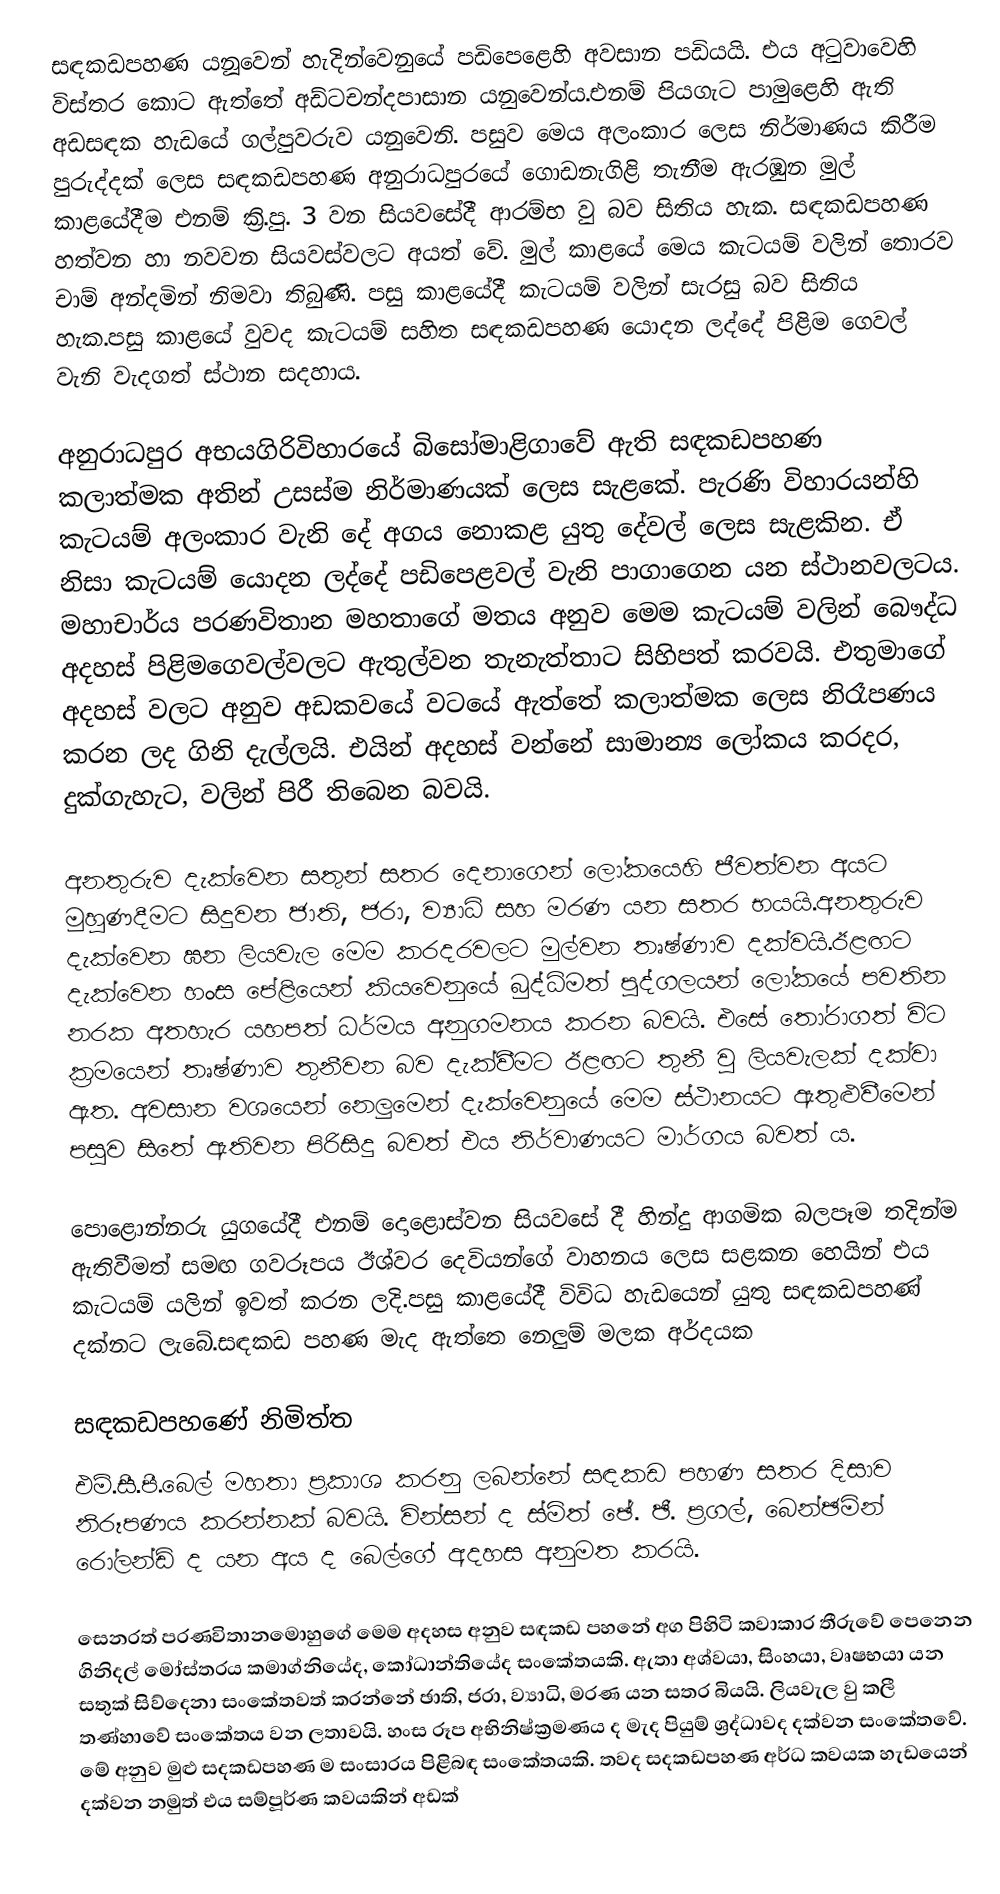
සඳකඩපහණ යනූ‍වෙන් හැදින්වෙනුයේ පඩිපෙළෙහි අවසාන පඩියයි. එය අටුවාවෙහි විස්තර කොට ඇත්තේ අඩ්ටචන්දපාසාන යනුවෙන්ය.එනම් පියගැට පාමුළෙහි ඇති අඩසඳක හැඩයේ ගල්පුවරුව යනුවෙනි. පසුව මෙය අලංකාර ලෙස නිර්මාණය කිරීම පුරුද්දක් ලෙස සඳකඩපහණ අනුරාධපුරයේ ගොඩනැගිළි තැනීම ඇරඹුන මුල් කාළයේදීම එනම් ක්‍රි.පු. 3 වන සියවසේදී ආරම්භ වු බව සිතිය හැක. සඳකඩපහණ හත්වන හා නවවන සියවස්වලට අයත් වේ. මුල් කාළයේ මෙය කැටයම් වලින් තොරව චාම් අන්දමින් නිමවා තිබුණි. පසු කාළයේදී කැටයම් වලින් සැරසු බව සිතිය හැක.පසු කාළයේ වුවද කැටයම් සහිත සඳකඩපහණ යොදන ලද්දේ පිළිම ගෙවල් වැනි වැදගත් ස්ථාන සදහාය.

අනුරාධපුර අභයගිරිවිහාරයේ බිසෝමාළිගාවේ ඇති සඳකඩපහණ කලාත්මක අතින් උසස්ම නිර්මාණයක් ලෙස සැළකේ. පැරණි විහාරයන්හි කැටයම් අලංකාර වැනි‍ දේ අගය නොකළ යුතු දේවල් ලෙස සැළකින. ඒ නිසා කැටයම් යොදන ලද්දේ පඩිපෙළවල් වැනි පාගාගෙන යන ස්ථානවලටය. මහාචාර්ය පරණවිතාන මහතාගේ මතය අනුව මෙම කැටයම් වලින් බෞද්ධ අදහස් පිළිමගෙවල්වලට ඇතුල්වන තැනැත්තාට සිහිපත් කරවයි. එතුමාගේ අදහස් වලට අනුව අඩකවයේ වටයේ ඇත්තේ කලාත්මක ලෙස නිරෑපණය කරන ලද ගිනි දැල්ලයි. එයින් අදහස් වන්නේ සාමාන්‍ය ලෝකය කරදර, දුක්ගැහැට, වලින් පිරී තිබෙන බවයි.

අනතුරුව දැක්වෙන සතුන් සතර දෙනාගෙන් ලෝකයෙහි ජීවත්වන අයට මුහුණදීමට සිදුවන ජාති, ජරා, ව්‍යාධි සහ මරණ යන සතර භයයි.අනතුරුව දැක්වෙන ඝන ලියවැල මෙම කරදරවලට මුල්වන තෘෂ්ණාව දක්වයි.ඊළඟට දැක්වෙන හංස පේළියෙන් කියවෙනුයේ බුද්ධිමත් පුද්ගලයන් ලෝකයේ පවතින නරක අතහැර යහපත් ධර්මය අනුගමනය කරන බවයි. එසේ තෝරාගත් විට ක්‍රමයෙන් තෘෂ්ණාව තුනීවන බව දැක්වීමට ඊළඟට තුනී වු ලියවැලක් දක්වා ඇත. අවසාන වශයෙන් නෙලුමෙන් දැක්වෙනුයේ මෙම ස්ථානයට ඇතුළුවීමෙන් පසුව සිතේ ඇතිවන පිරිසිදු බවත් එය නිර්වාණයට මාර්ගය බවත් ය.

පොළොන්නරු යුගයේදී එනම් දොළොස්වන සියවසේ දී හින්දු ආගමික බලපෑම තදින්ම ඇතිවීමත් සමඟ ගවරූපය ඊශ්වර දෙවියන්ගේ වාහනය ලෙස සළකන හෙයින් එය කැටයම් යලින් ඉවත් කරන ලදි.පසු කාළයේදී විවිධ හැඩයෙන් යුතු සඳකඩපහණ් දක්නට ලැබේ.සඳකඩ පහණ මැද ඇත්තෙ නෙලුම් මලක අර්දයක

සඳකඩපහණේ නිමිත්ත
 එම්.සී.පී.බෙල් මහතා ප්‍රකාශ කරනු ලබන්නේ සඳකඩ පහණ සතර දිසාව නිරූපණය කරන්නක් බවයි. වින්සන් ද ස්මිත් ඡේ. ඡී. ප්‍රගල්, බෙන්ඡමින් රෝලන්ඩ් ද යන අය ද බෙල්ගේ අදහස අනුමත කරයි.

 සෙනරත් පරණවිතානමොහු‍ගේ මෙම අදහස අනුව සඳකඩ පහනේ අග පිහිටි කවාකාර තීරුවේ පෙනෙන ගිනිදල් මෝස්තරය කමාග්නියේද, කෝධාන්තියේද සංකේතයකි. ඇතා අශ්වයා, සිංහයා, වෘෂභයා යන සතුක් සිව්දෙනා සංකේතවත් කරන්නේ ඡාති, ජරා, ව්‍යාධි, මරණ යන සතර බියයි. ලියවැල වු කලී තණ්හාවේ සංකේතය වන ලතාවයි. හංස රූප අභිනිෂ්ක්‍රමණය ද මැද පියුම් ශ්‍රද්ධාවද දක්වන සංකේතවේ. මේ අනුව මුළු සදකඩපහණ ම සංසාරය පිළිබඳ සංකේතයකි. තවද සදකඩපහණ  අර්ධ කවයක හැඩයෙන් දක්වන නමුත් එය සම්පූර්ණ කවයකින් අඩක්